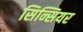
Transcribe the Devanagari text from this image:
सिन्सियर